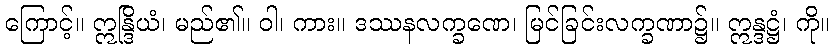
ကြောင့်။ ဣန္ဒြိယံ၊ မည်၏။ ဝါ၊ ကား။ ဒဿနလက္ခဏေ၊ မြင်ခြင်းလက္ခဏာ၌။ ဣန္ဒဋ္ဌံ၊ ကို။